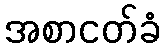
အစာငတ်ခံ